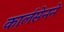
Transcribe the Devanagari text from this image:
कार्लसेनने